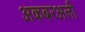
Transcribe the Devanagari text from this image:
अकबरअली